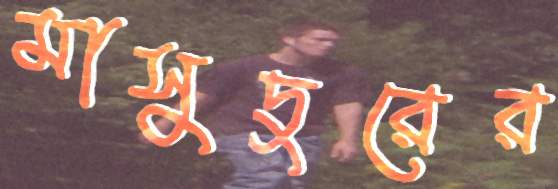
মাসুদুরের